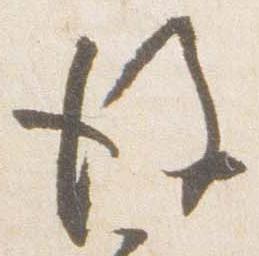
後